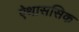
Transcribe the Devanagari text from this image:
ऐथाससिक